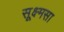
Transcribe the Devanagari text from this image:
सूक्ष्मसा